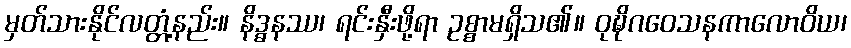
မှတ်သားနိုင်လတ္တံ့နည်း။ နိဒ္ဓနဿ၊ ရင်းနှီးဖို့ရာ ဥစ္စာမရှိသ၏။ ဝုဍ္ဎိဂဝေသနကာလောဝိယ၊